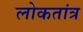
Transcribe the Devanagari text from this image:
लोकतांत्र